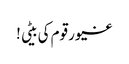
غیور قوم کی بیٹی !